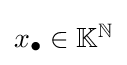
\textstyle x_{\bullet }\in \mathbb {K} ^{\mathbb {N} }